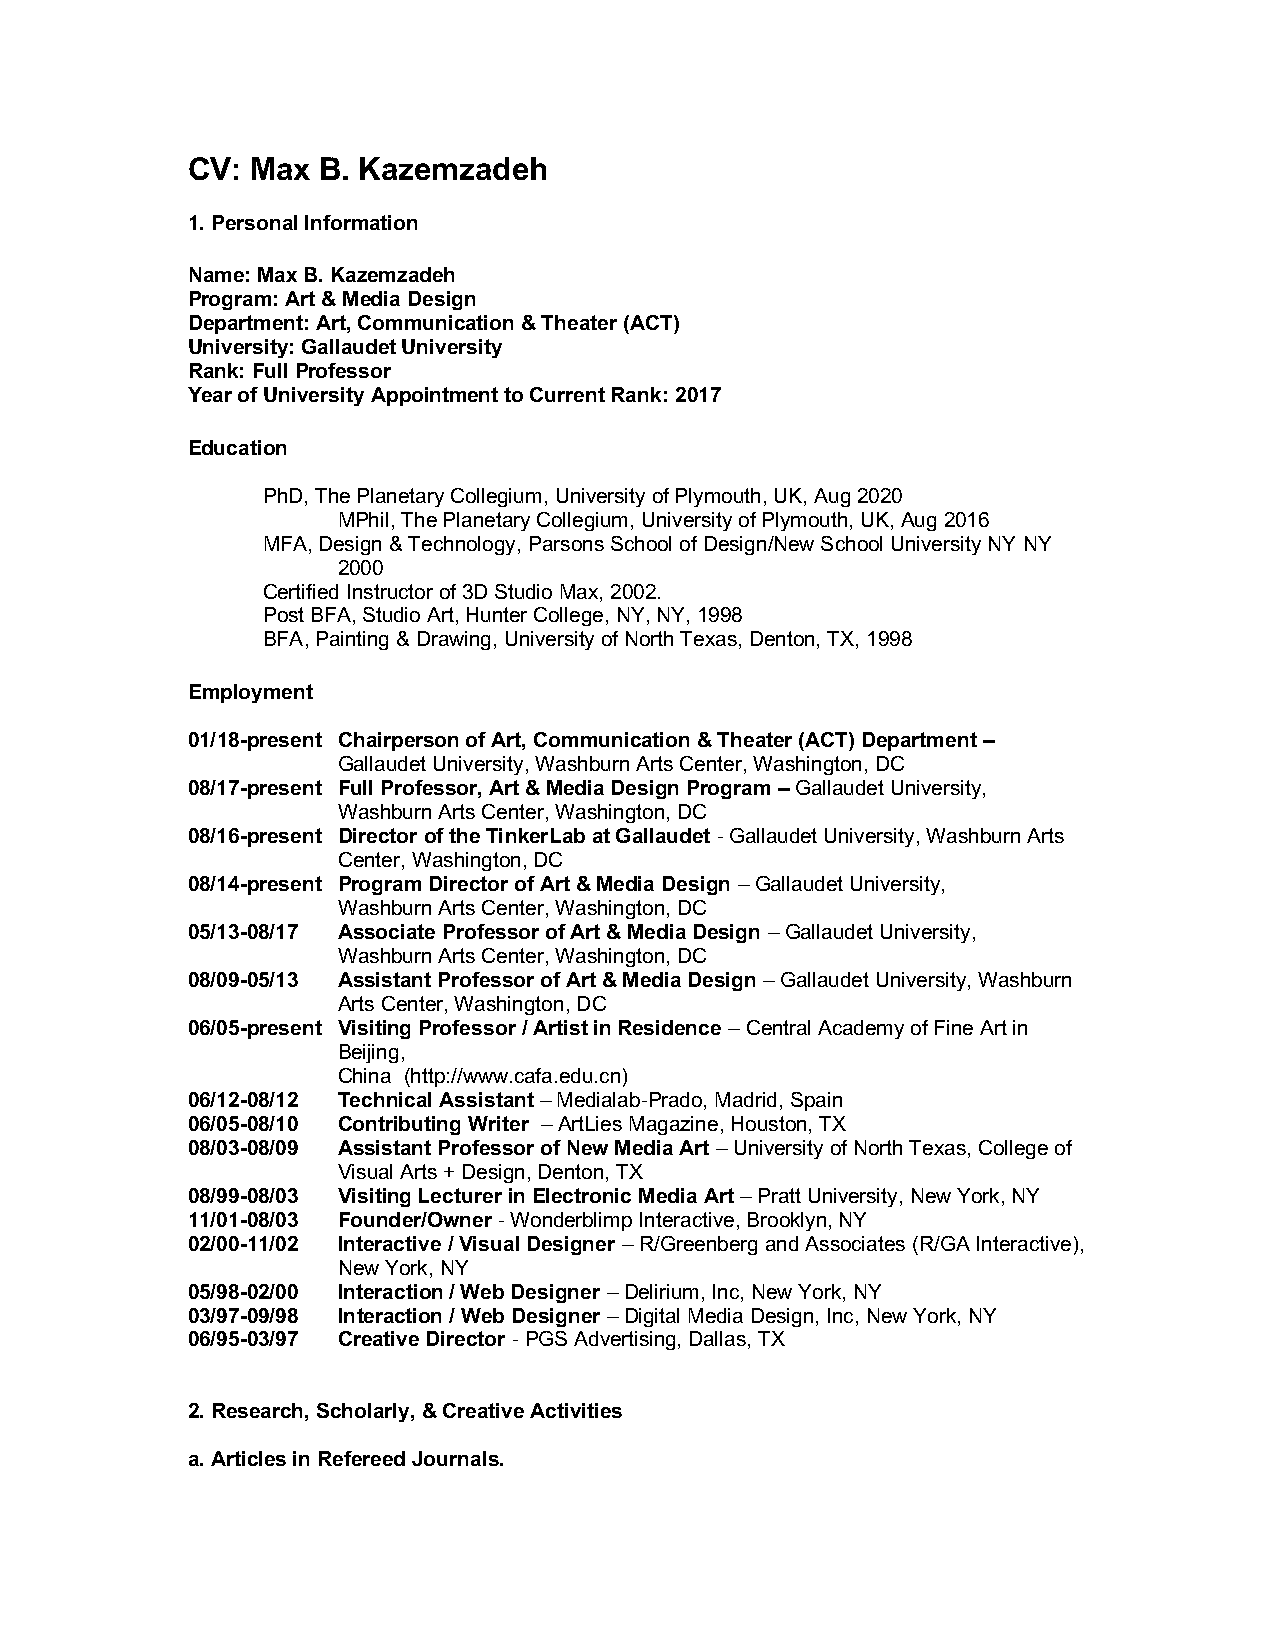
CV:  Max B. Kazemzadeh
 1. Personal Information
 Name: Max B. Kazemzadeh
 Program: Art & Media Design
 Department: Art, Communication & Theater (ACT)
 University: Gallaudet University
 Rank: Full Professor
 Year of University Appointment to Current Rank: 2017
 Education
 PhD, The Planetary Collegium, University of Plymouth, UK, Aug 2020
 MPhil, The Planetary Collegium, University of Plymouth, UK, Aug 2016
 MFA, Design & Technology, Parsons School of Design/New School University NY NY
 2000
 Certified Instructor of 3D Studio Max, 2002.
 Post BFA, Studio Art, Hunter College, NY, NY, 1998
 BFA, Painting & Drawing, University of North Texas, Denton, TX, 1998
 Employment
 01/18-present Chairperson of Art, Communication & Theater (ACT) Department –
 Gallaudet University, Washburn Arts Center, Washington, DC
 08/17-present Full Professor, Art & Media Design Program – Gallaudet University,
 Washburn Arts Center, Washington, DC
 08/16-present Director of the TinkerLab at Gallaudet - Gallaudet University, Washburn Arts
 Center, Washington, DC
 08/14-present Program Director of Art & Media Design – Gallaudet University,
 Washburn Arts Center, Washington, DC
 05/13-08/17 Associate Professor of Art & Media Design – Gallaudet University,
 Washburn Arts Center, Washington, DC
 08/09-05/13 Assistant Professor of Art & Media Design – Gallaudet University, Washburn
 Arts Center, Washington, DC
 06/05-present Visiting Professor / Artist in Residence – Central Academy of Fine Art in
 Beijing,
 China (http://www.cafa.edu.cn)
 06/12-08/12 Technical Assistant – Medialab-Prado, Madrid, Spain
 06/05-08/10 Contributing Writer – ArtLies Magazine, Houston, TX
 08/03-08/09 Assistant Professor of New Media Art – University of North Texas, College of
 Visual Arts + Design, Denton, TX
 08/99-08/03 Visiting Lecturer in Electronic Media Art – Pratt University, New York, NY
 11/01-08/03 Founder/Owner - Wonderblimp Interactive, Brooklyn, NY
 02/00-11/02 Interactive / Visual Designer – R/Greenberg and Associates (R/GA Interactive),
 New York, NY
 05/98-02/00 Interaction / Web Designer – Delirium, Inc, New York, NY
 03/97-09/98 Interaction / Web Designer – Digital Media Design, Inc, New York, NY
 06/95-03/97 Creative Director - PGS Advertising, Dallas, TX
 2. Research, Scholarly, & Creative Activities
 a. Articles in Refereed Journals.